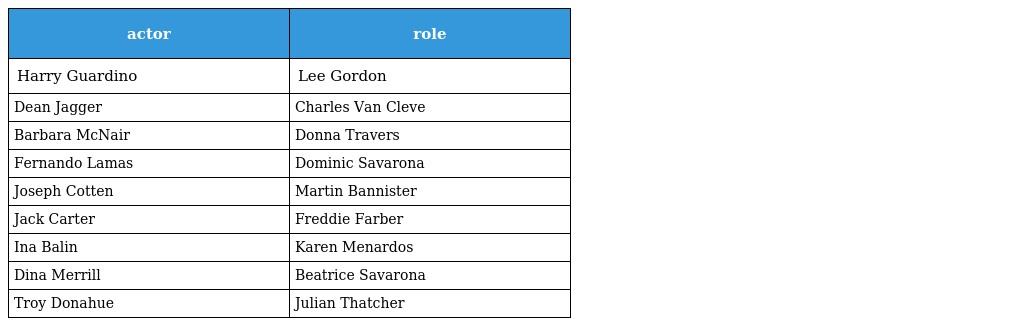
| actor | role |
 | --- | --- |
 | Harry Guardino | Lee Gordon |
 | Dean Jagger | Charles Van Cleve |
 | Barbara McNair | Donna Travers |
 | Fernando Lamas | Dominic Savarona |
 | Joseph Cotten | Martin Bannister |
 | Jack Carter | Freddie Farber |
 | Ina Balin | Karen Menardos |
 | Dina Merrill | Beatrice Savarona |
 | Troy Donahue | Julian Thatcher |